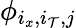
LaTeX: \phi_{i_{x},i_{\mathcal{T}},j}